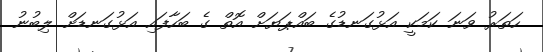
ހަތަރު ވަނަ ކަމަކީ އަޅުގަނޑުގެ ބައްޕަޔަށް އޮތް ގެ ބަހާފައި އަޅުގަނޑަށް ލިބުނު